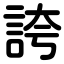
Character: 誇